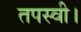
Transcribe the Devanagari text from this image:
तपस्वी।